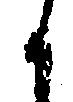
候